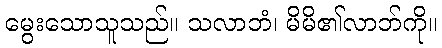
မွေးသောသူသည်။ သလာဘံ၊ မိမိ၏လာဘ်ကို။